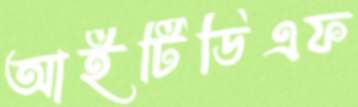
আইটিডিএফ